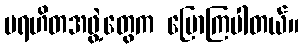
ပရဟိတအဖွဲ့တွေက ပြောကြပါတယ်။